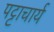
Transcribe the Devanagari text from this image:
पट्टाचार्य